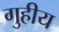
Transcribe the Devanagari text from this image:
गुहीय